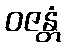
ဝဇန္တံ